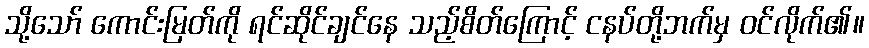
သို့သော် ကောင်းမြတ်ကို ရင်ဆိုင်ချင်နေ သည့်စိတ်ကြောင့် ငနပ်တို့ဘက်မှ ဝင်လိုက်၏။